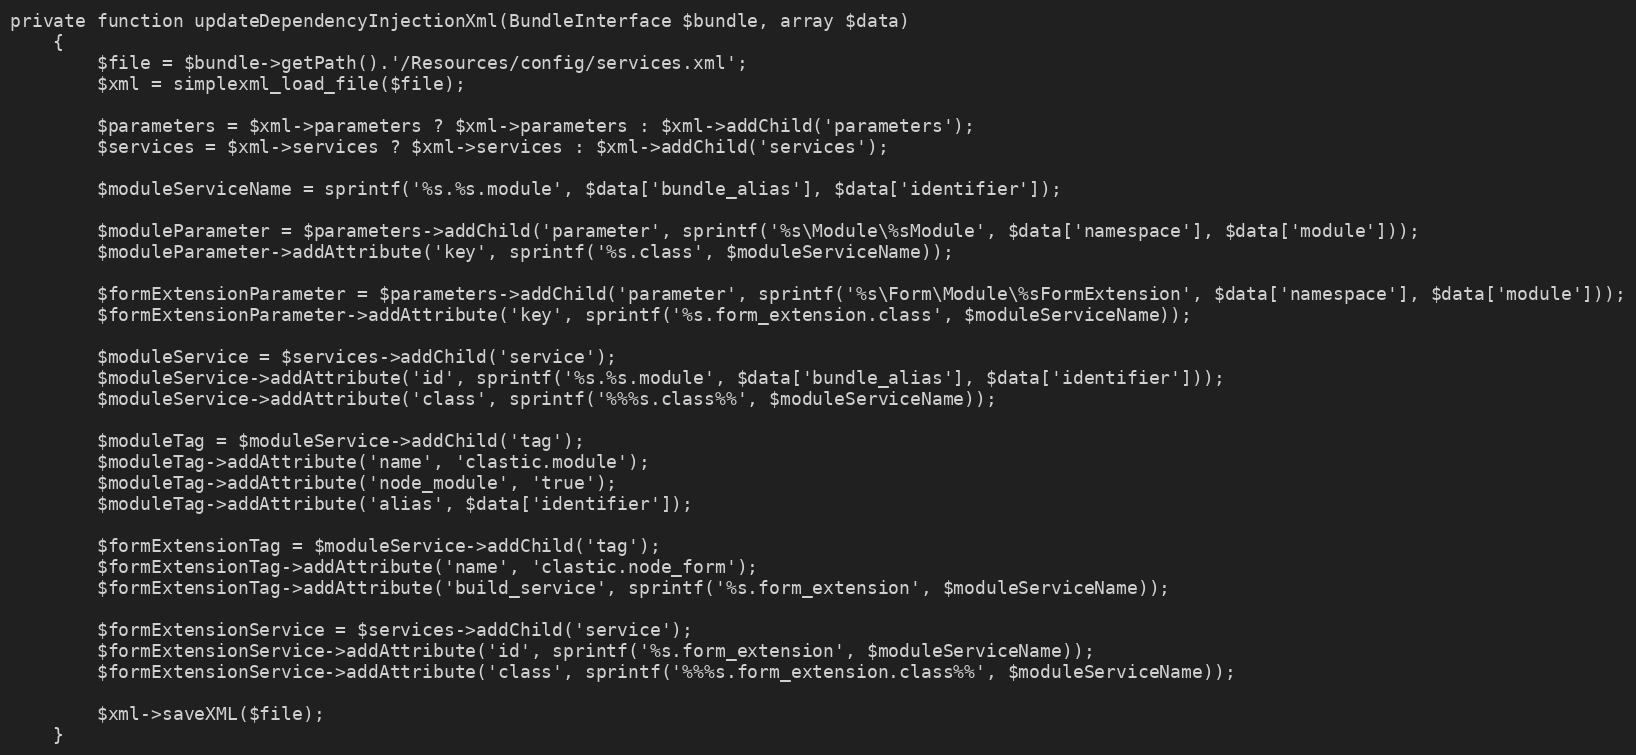
Language: PHP
private function updateDependencyInjectionXml(BundleInterface $bundle, array $data)
    {
        $file = $bundle->getPath().'/Resources/config/services.xml';
        $xml = simplexml_load_file($file);

        $parameters = $xml->parameters ? $xml->parameters : $xml->addChild('parameters');
        $services = $xml->services ? $xml->services : $xml->addChild('services');

        $moduleServiceName = sprintf('%s.%s.module', $data['bundle_alias'], $data['identifier']);

        $moduleParameter = $parameters->addChild('parameter', sprintf('%s\Module\%sModule', $data['namespace'], $data['module']));
        $moduleParameter->addAttribute('key', sprintf('%s.class', $moduleServiceName));

        $formExtensionParameter = $parameters->addChild('parameter', sprintf('%s\Form\Module\%sFormExtension', $data['namespace'], $data['module']));
        $formExtensionParameter->addAttribute('key', sprintf('%s.form_extension.class', $moduleServiceName));

        $moduleService = $services->addChild('service');
        $moduleService->addAttribute('id', sprintf('%s.%s.module', $data['bundle_alias'], $data['identifier']));
        $moduleService->addAttribute('class', sprintf('%%%s.class%%', $moduleServiceName));

        $moduleTag = $moduleService->addChild('tag');
        $moduleTag->addAttribute('name', 'clastic.module');
        $moduleTag->addAttribute('node_module', 'true');
        $moduleTag->addAttribute('alias', $data['identifier']);

        $formExtensionTag = $moduleService->addChild('tag');
        $formExtensionTag->addAttribute('name', 'clastic.node_form');
        $formExtensionTag->addAttribute('build_service', sprintf('%s.form_extension', $moduleServiceName));

        $formExtensionService = $services->addChild('service');
        $formExtensionService->addAttribute('id', sprintf('%s.form_extension', $moduleServiceName));
        $formExtensionService->addAttribute('class', sprintf('%%%s.form_extension.class%%', $moduleServiceName));

        $xml->saveXML($file);
    }